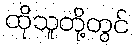
ထိုသူတို့တွင်